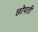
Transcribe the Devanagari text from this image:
छोपती